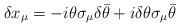
LaTeX: \begin{align*}\delta x_\mu =-i\theta\sigma_\mu \delta\bar\theta+i\delta\theta\sigma_\mu \bar\theta\end{align*}